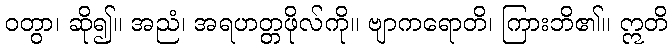
ဝတွာ၊ ဆို၍။ အညံ၊ အရဟတ္တဖိုလ်ကို။ ဗျာကရောတိ၊ ကြားဘိ၏။ ဣတိ